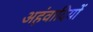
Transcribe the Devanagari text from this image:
अहंवादियों